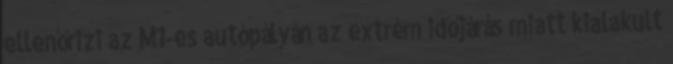
ellenőrizi az M1-es autópályán az extrém időjárás miatt kialakult